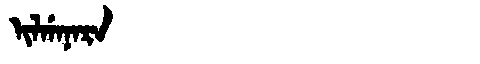
Manchu: ᡳᠯᡤᠠᠨᠠᡵᠠ
Romanization: ILGANARA